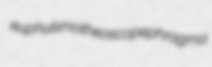
euphuism otheoscope phragma